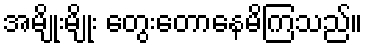
အမျိုးမျိုး တွေးတောနေမိကြသည်။